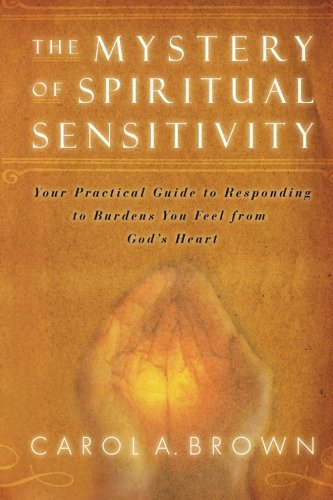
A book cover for The Mystery of Spiritual Sensitivity; Carol A. Brown; Christian Books & Bibles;